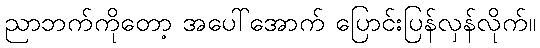
ညာဘက်ကိုတော့ အပေါ်အောက် ပြောင်းပြန်လှန်လိုက်။